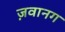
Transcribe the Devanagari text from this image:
ज़वानग